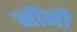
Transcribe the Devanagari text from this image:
नोंनी